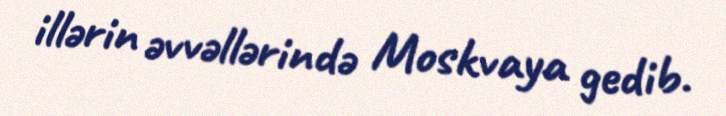
illərin əvvəllərində Moskvaya gedib.